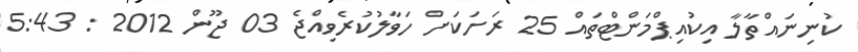
ކުނިނައްތާލާ އިކުއިޕްމަންޓްތައް 25 ރަށަކަށް ހަވާލުކުރެވިއްޖެ 03 ޖޫން 2012 : 5:43